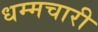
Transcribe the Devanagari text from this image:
धम्मचारी